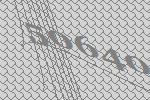
50640